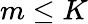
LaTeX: m\le K